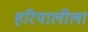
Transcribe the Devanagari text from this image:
हरियालीला